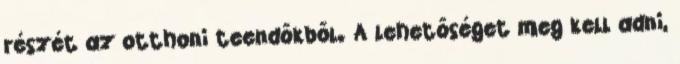
részét az otthoni teendőkből. A lehetőséget meg kell adni,